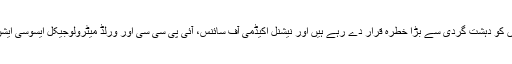
ورلڈ واچ انسٹی ٹیوٹ اور برطانیہ کے چیف سائینٹفک ایڈوائزر ڈیوڈ کنگ ماحولیات، موسمی تبدیلیوں کو دہشت گردی سے بڑا خطرہ قرار دے رہے ہیں اور نیشنل اکیڈمی آف سائنس، آئی پی سی سی اور ورلڈ میٹرولوجیکل ایسوسی ایشن متفق ہیں کہ موسمی تبدیلیوں کے خطرات سے نمٹنے کی ضرورت پر اب کوئی اختلاف نہیں ہے۔